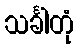
သင်္ခါတုံ